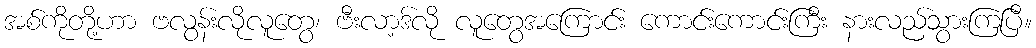
အစ်ကိုတို့ဟာ ဗလွန်းလိုလူတွေ၊ ဗီးလာ့ဒ်လို လူတွေအကြောင်း ကောင်းကောင်းကြီး နားလည်သွားကြပြီ။